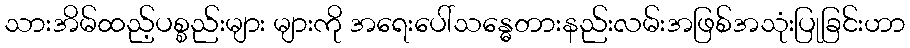
သားအိမ်ထည့်ပစ္စည်းများ များကို အရေးပေါ်သန္ဓေတားနည်းလမ်းအဖြစ်အသုံးပြုခြင်းဟာ